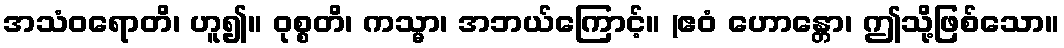
အသံဝရောတိ၊ ဟူ၍။ ဝုစ္စတိ၊ ကသ္မာ၊ အဘယ်ကြောင့်။ (ဧဝံ ဟောန္တော၊ ဤသို့ဖြစ်သော။